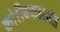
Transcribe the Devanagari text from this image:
कोरीवकामांत